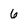
Character: 6